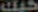
كيك